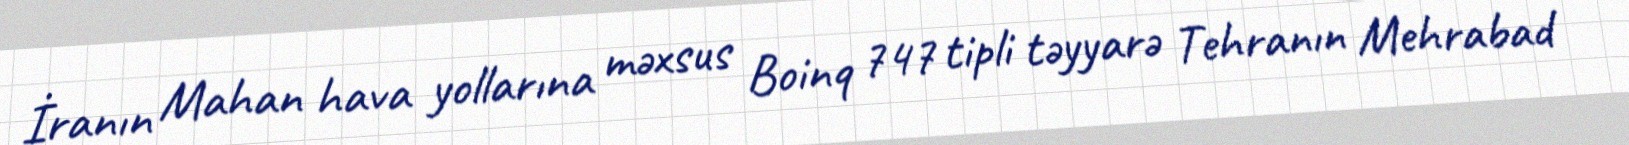
İranın Mahan hava yollarına məxsus Boinq 747 tipli təyyarə Tehranın Mehrabad